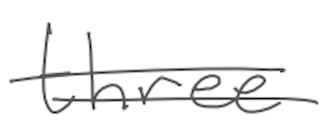
Text: three
Cross-out: double-line
Writing tool: digital_gray